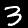
Label: 3